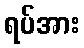
ရပ်အား